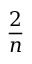
\frac { 2 } { n }